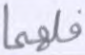
فلهما